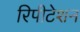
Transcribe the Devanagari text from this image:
रिपीटेशन